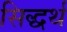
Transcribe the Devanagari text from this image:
सिद्धर्थ